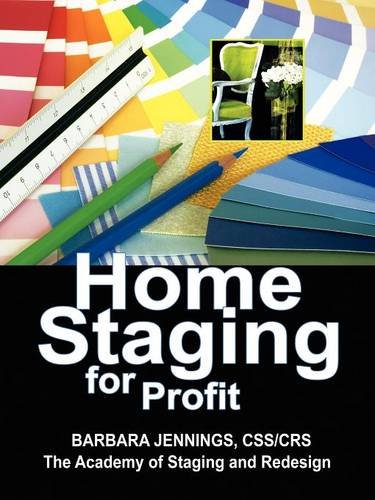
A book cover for Home Staging for Profit: How to Start and Grow a Six Figure Home Staging Business in 7 Days or Less OR Secrets of Home Stagers Revealed So Anyone Can Start a Home Based Business and Succeed; Barbara Jennings; Business & Money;